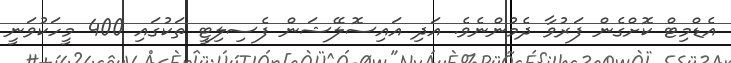
އެޑްމިޓް ކޮށްގެން ފަރުވާ ދެމުންނެވެ. އަދި އައިސޮލޭޝަން ފެސިލިޓީ ތަކުގައި 400 މީހަކުވަނީ